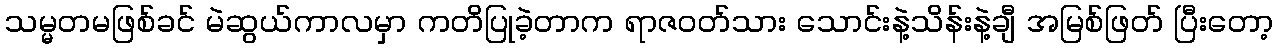
သမ္မတမဖြစ်ခင် မဲဆွယ်ကာလမှာ ကတိပြုခဲ့တာက ရာဇဝတ်သား သောင်းနဲ့သိန်းနဲ့ချီ အမြစ်ဖြတ် ပြီးတော့